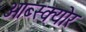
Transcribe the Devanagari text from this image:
ओब्स्क्योर